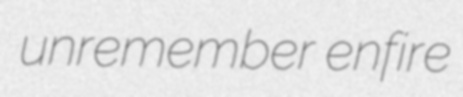
unremember enfire